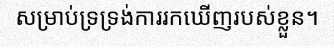
សម្រាប់ទ្រទ្រង់ការរកឃើញរបស់ខ្លួន។